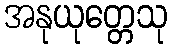
အနုယုတ္တေသု